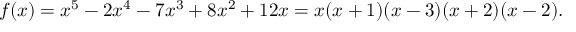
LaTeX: f ( x ) = x ^ { 5 } - 2 x ^ { 4 } - 7 x ^ { 3 } + 8 x ^ { 2 } + 1 2 x = x ( x + 1 ) ( x - 3 ) ( x + 2 ) ( x - 2 ) .